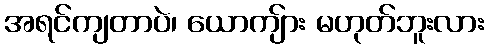
အရင်ကျတာပဲ၊ ယောကျ်ား မဟုတ်ဘူးလား